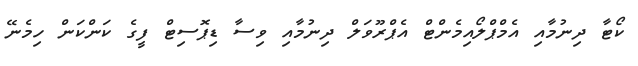
ކޯޓާ ދިނުމާއި އެމްޕްލޯއިމެންޓް އެޕްރޫވަލް ދިނުމާއި ވިސާ ޑިޕޮސިޓް ފީގެ ކަންކަން ހިމެނޭ